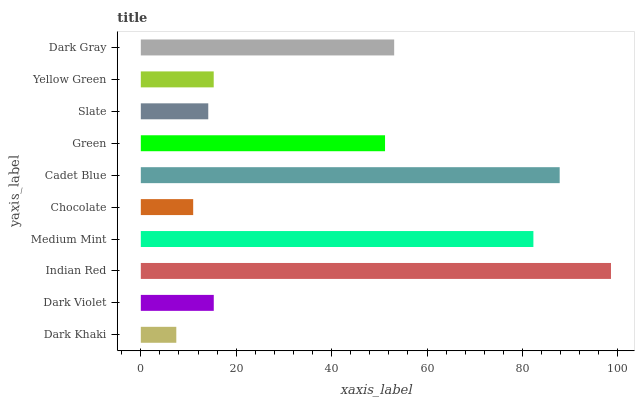
| yaxis_label | bars |
 | --- | --- |
 | Dark Khaki | 7.44 |
 | Dark Violet | 15.3 |
 | Indian Red | 98.6 |
 | Medium Mint | 82.3 |
 | Chocolate | 11 |
 | Cadet Blue | 87.8 |
 | Green | 51.2 |
 | Slate | 14.1 |
 | Yellow Green | 15.3 |
 | Dark Gray | 53.1 |